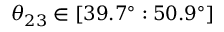
\theta _ { 2 3 } \in [ 3 9 . 7 ^ { \circ } : 5 0 . 9 ^ { \circ } ]